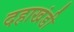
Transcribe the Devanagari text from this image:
दहाखंडी